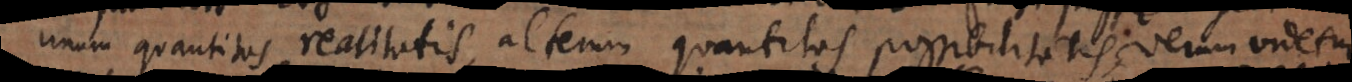
unum quantitas realitatis, alterum quantitas possibilitatis; verum videtur